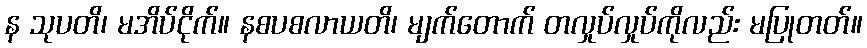
န သုပတိ၊ မအိပ်ငိုက်။ နစပစလာယတိ၊ မျက်တောက် တလှုပ်လှုပ်ကိုလည်း မပြုတတ်။